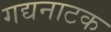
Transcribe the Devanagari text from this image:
गद्यनाटक